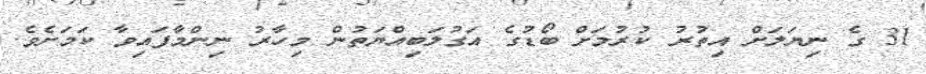
31 ގެ ނިޔަލަށް އިތުރު ކުރުމަށް ބޯޑުގެ އަގުލަބިއްޔަތުން މިހާރު ނިންމާފައިވާ ކަމަށެވެ.